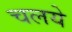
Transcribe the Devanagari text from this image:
चलये